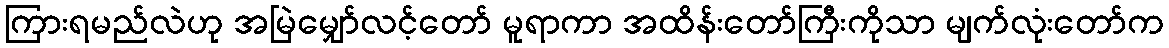
ကြားရမည်လဲဟု အမြဲမျှော်လင့်တော် မူရာကာ အထိန်းတော်ကြီးကိုသာ မျက်လုံးတော်က